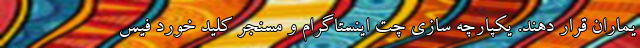
یماران قرار دهند. یکپارچه سازی چت اینستاگرام و مسنجر کلید خورد فیس